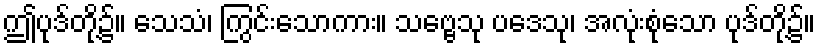
ဤပုဒ်တို့၌။ သေသံ၊ ကြွင်းသောကား။ သဗ္ဗေသု ပဒေသု၊ အလုံးစုံသော ပုဒ်တို့၌။